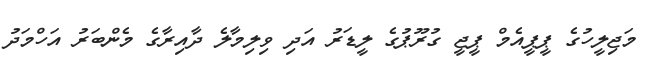
މަޖިލީހުގެ ޕީޕީއެމް ޕީޖީ ގުރޫޕުގެ ލީޑަރު އަދި ވިލިމާލެ ދާއިރާގެ މެންބަރު އަހްމަދު